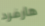
هارفرد